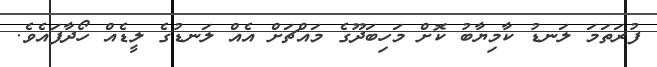
ފުރަތަމަ ލަނޑު ކާމިޔާބު ކޮށް މަހިބަދޫގެ މައްޗަށް އެއް ލަނޑުގެ ލީޑެއް ހޯދާފައެވެ.